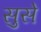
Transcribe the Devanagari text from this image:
सुसे